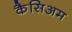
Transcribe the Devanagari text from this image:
कैसिअम